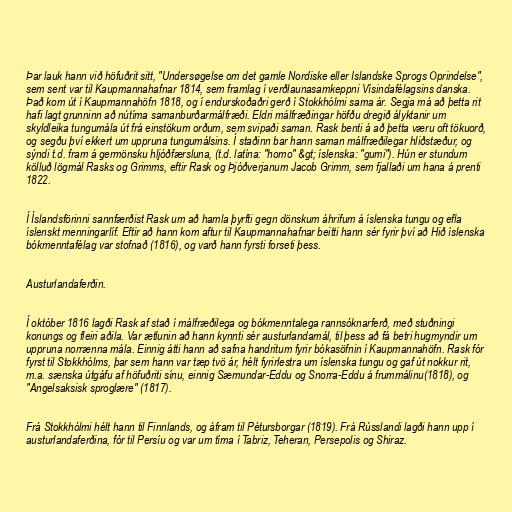
Þar lauk hann við höfuðrit sitt, "Undersøgelse om det gamle Nordiske eller Islandske Sprogs Oprindelse",
sem sent var til Kaupmannahafnar 1814, sem framlag í verðlaunasamkeppni Vísindafélagsins danska.
Það kom út í Kaupmannahöfn 1818, og í endurskoðaðri gerð í Stokkhólmi sama ár. Segja má að þetta rit
hafi lagt grunninn að nútíma samanburðarmálfræði. Eldri málfræðingar höfðu dregið ályktanir um
skyldleika tungumála út frá einstökum orðum, sem svipaði saman. Rask benti á að þetta væru oft tökuorð,
og segðu því ekkert um uppruna tungumálsins. Í staðinn bar hann saman málfræðilegar hliðstæður, og
sýndi t.d. fram á germönsku hljóðfærsluna, (t.d. latína: "homo" &gt; íslenska: "gumi"). Hún er stundum
kölluð lögmál Rasks og Grimms, eftir Rask og Þjóðverjanum Jacob Grimm, sem fjallaði um hana á prenti
1822.

Í Íslandsförinni sannfærðist Rask um að hamla þyrfti gegn dönskum áhrifum á íslenska tungu og efla
íslenskt menningarlíf. Eftir að hann kom aftur til Kaupmannahafnar beitti hann sér fyrir því að Hið íslenska
bókmenntafélag var stofnað (1816), og varð hann fyrsti forseti þess.

Austurlandaferðin.

Í október 1816 lagði Rask af stað í málfræðilega og bókmenntalega rannsóknarferð, með stuðningi
konungs og fleiri aðila. Var ætlunin að hann kynnti sér austurlandamál, til þess að fá betri hugmyndir um
uppruna norrænna mála. Einnig átti hann að safna handritum fyrir bókasöfnin í Kaupmannahöfn. Rask fór
fyrst til Stokkhólms, þar sem hann var tæp tvö ár, hélt fyrirlestra um íslenska tungu og gaf út nokkur rit,
m.a. sænska útgáfu af höfuðriti sínu, einnig Sæmundar-Eddu og Snorra-Eddu á frummálinu(1818), og
"Angelsaksisk sproglære" (1817).

Frá Stokkhólmi hélt hann til Finnlands, og áfram til Pétursborgar (1819). Frá Rússlandi lagði hann upp í
austurlandaferðina, fór til Persíu og var um tíma í Tabriz, Teheran, Persepolis og Shiraz.